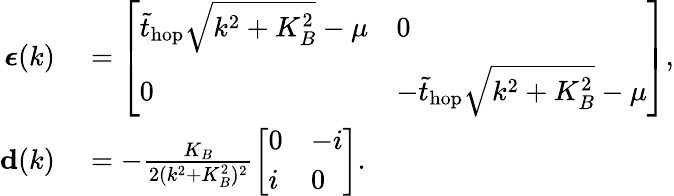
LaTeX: \begin{array}{rl}{{\boldsymbol\epsilon}(k)}&{{}=\left[\begin{array}{ll}{\tilde{t}_{\mathrm{hop}}\sqrt{k^{2}+K_{B}^{2}}-\mu}&{0}\\ {0}&{-\tilde{t}_{\mathrm{hop}}\sqrt{k^{2}+K_{B}^{2}}-\mu}\end{array}\right],}\\ {{\mathbf d}(k)}&{{}=-\frac{K_{B}}{2(k^{2}+K_{B}^{2})^{2}}\left[\begin{array}{ll}{0}&{-i}\\ {i}&{0}\end{array}\right].}\end{array}